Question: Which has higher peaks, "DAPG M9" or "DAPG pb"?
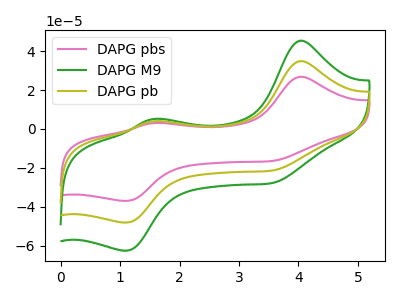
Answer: <think>The pink curve "DAPG pbs" has anodic peaks at (4.00V, 69.75uA) (1.55V, 7.90uA) and cathodic peaks at (3.60V, -42.40uA) (1.10V, -96.20uA). The green curve "DAPG M9" has anodic peaks at (4.00V, 45.35uA) (1.55V, 5.15uA) and cathodic peaks at (3.60V, -27.60uA) (1.10V, -62.55uA). The olive curve "DAPG pb" has anodic peaks at (4.00V, 34.90uA) (1.55V, 3.95uA) and cathodic peaks at (3.60V, -21.20uA) (1.10V, -48.10uA).</think>
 <answer>Every peak in "DAPG M9" is higher than every peak in "DAPG pb".</answer>
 <eval>higher</eval>